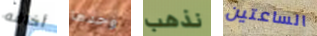
أخافه وحدها نذهب الساعتين